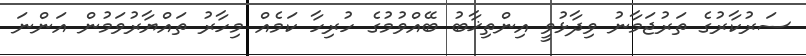
ސަރުކާރުގެ ތަރުޖަމާނު ވިދާޅުވީ އިންތިޚާބު ބޭއްވުމުގެ ހުރިހާ ކަމެއް މިހާރު ތައްޔާރުވަމުން އަންނަ